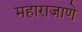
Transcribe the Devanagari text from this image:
महाराजाणे